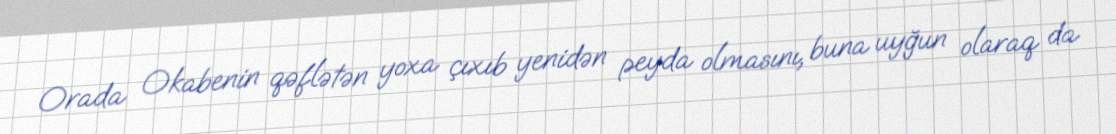
Orada Okabenin qəflətən yoxa çıxıb yenidən peyda olmasını, buna uyğun olaraq da